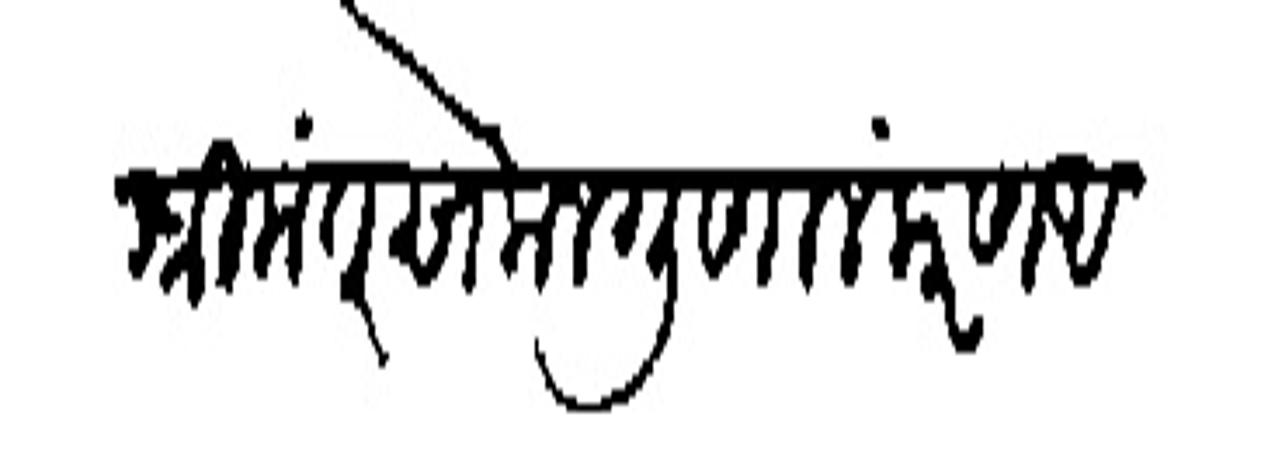
Transliteration (Devanagari): श्रीमंत सकलगुणालंकरण अखंडित